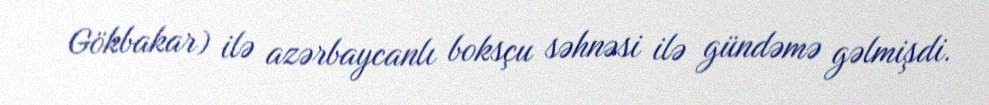
Gökbakar) ilə azərbaycanlı boksçu səhnəsi ilə gündəmə gəlmişdi.